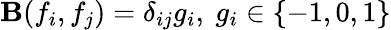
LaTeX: \mathbf{B}(f_{i},f_{j})=\delta_{ij}g_{i},\ g_{i}\in\{ -1,0,1\}